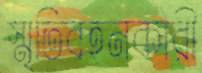
স্মৃতিবহনকারী